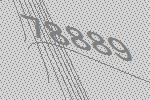
78889